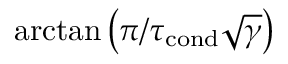
\arctan \left( \pi / \tau _ { \mathrm { c o n d } } \sqrt { \gamma } \right)